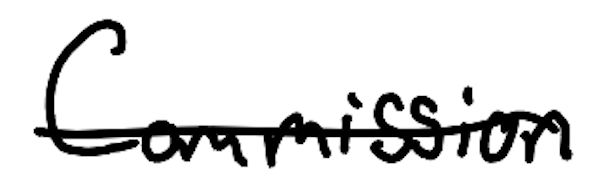
Text: Commission
Cross-out: single-line
Writing tool: digital_black